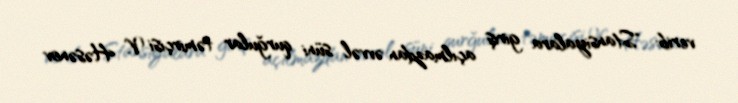
verib: "Stansiyalara giriş açılmazdan əvvəl süni qurğular təmirçisi V. Həsənov